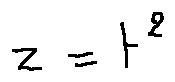
z = t ^ { 2 }